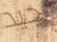
جيد